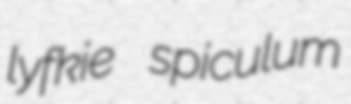
lyfkie spiculum